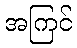
အကြင်